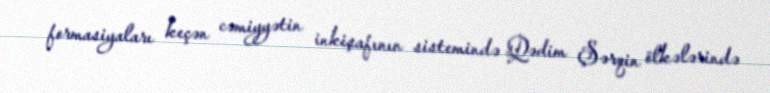
formasiyaları keçən cəmiyyətin inkişafının sistemində Qədim Şərqin ölkələrində